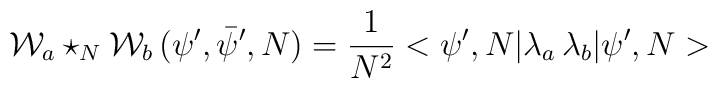
{\cal W}_a \star_N {\cal W}_b \,(\psi ',\bar{\psi} ',N) = \frac{1}{N^2} <\psi ', N| \lambda_a \,\lambda_b | \psi ', N>